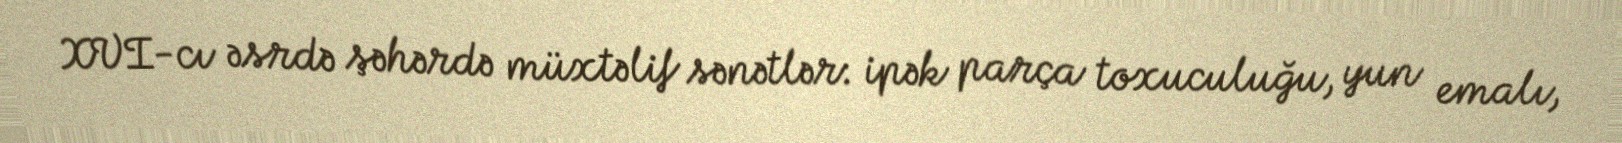
XVI-cı əsrdə şəhərdə müxtəlif sənətlər: ipək parça toxuculuğu, yun emalı,